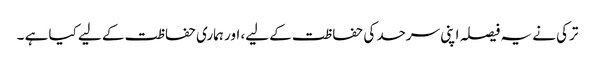
ترکی نے یہ فیصلہ اپنی سرحد کی حفاظت کے لیے، اور ہماری حفاظت کے لیے کیا ہے ۔